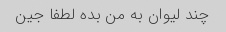
چند لیوان به من بده لطفا جین